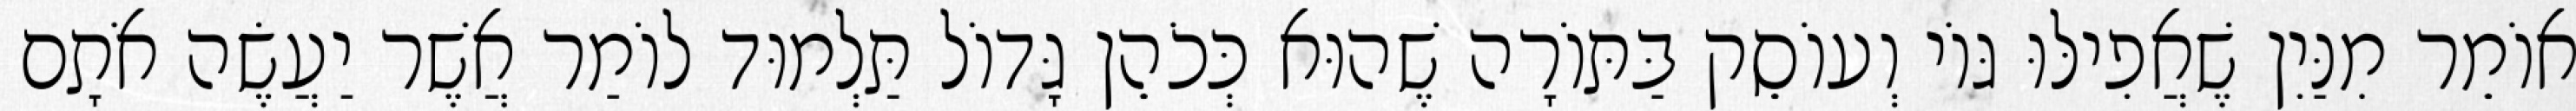
אוֹמֵר מִנַּיִן שֶׁאֲפִילּוּ גּוֹי וְעוֹסֵק בַּתּוֹרָה שֶׁהוּא כְּכֹהֵן גָּדוֹל תַּלְמוּד לוֹמַר אֲשֶׁר יַעֲשֶׂה אֹתָם